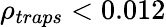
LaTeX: \rho_{traps}<0.012